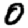
Digit: 0